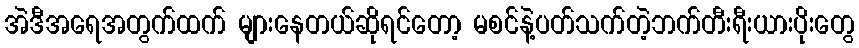
အဲဒီအရေအတွက်ထက် များနေတယ်ဆိုရင်တော့ မစင်နဲ့ပတ်သက်တဲ့ဘက်တီးရီးယားပိုးတွေ